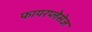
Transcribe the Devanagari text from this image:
फायरप्लेसेज